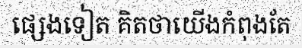
ផ្សេងទៀត គិតថាយើងកំពុងតែ